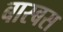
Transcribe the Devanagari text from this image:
बास्बस